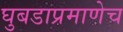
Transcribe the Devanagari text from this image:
घुबडाप्रमाणेच